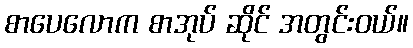
စာပေလောက စာအုပ် ဆိုင် အတွင်းဝယ်။